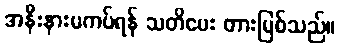
အနီးနားမကပ်ရန် သတိပေး တားမြစ်သည်။